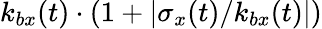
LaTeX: k_{bx}(t)\cdot(1+|\sigma_{x}(t)/k_{bx}(t)|)